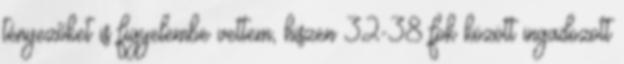
tényezőket is figyelembe vettem, hiszen 32-38 fok között ingadozott